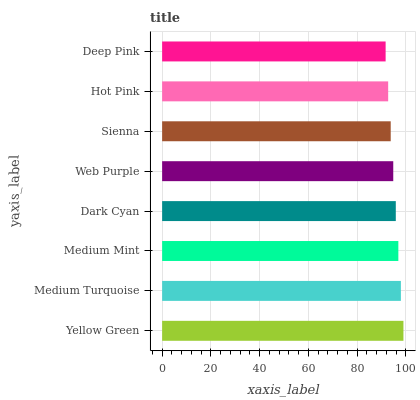
| yaxis_label | bars |
 | --- | --- |
 | Yellow Green | 99 |
 | Medium Turquoise | 98 |
 | Medium Mint | 96.9 |
 | Dark Cyan | 95.9 |
 | Web Purple | 94.8 |
 | Sienna | 93.8 |
 | Hot Pink | 92.7 |
 | Deep Pink | 91.7 |